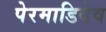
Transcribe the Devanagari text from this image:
पेरमाडिदेव